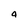
Character: 4